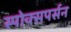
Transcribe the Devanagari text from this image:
स्पोक्सपर्सन